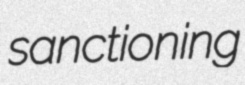
sanctioning